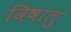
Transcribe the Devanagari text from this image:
विषालु